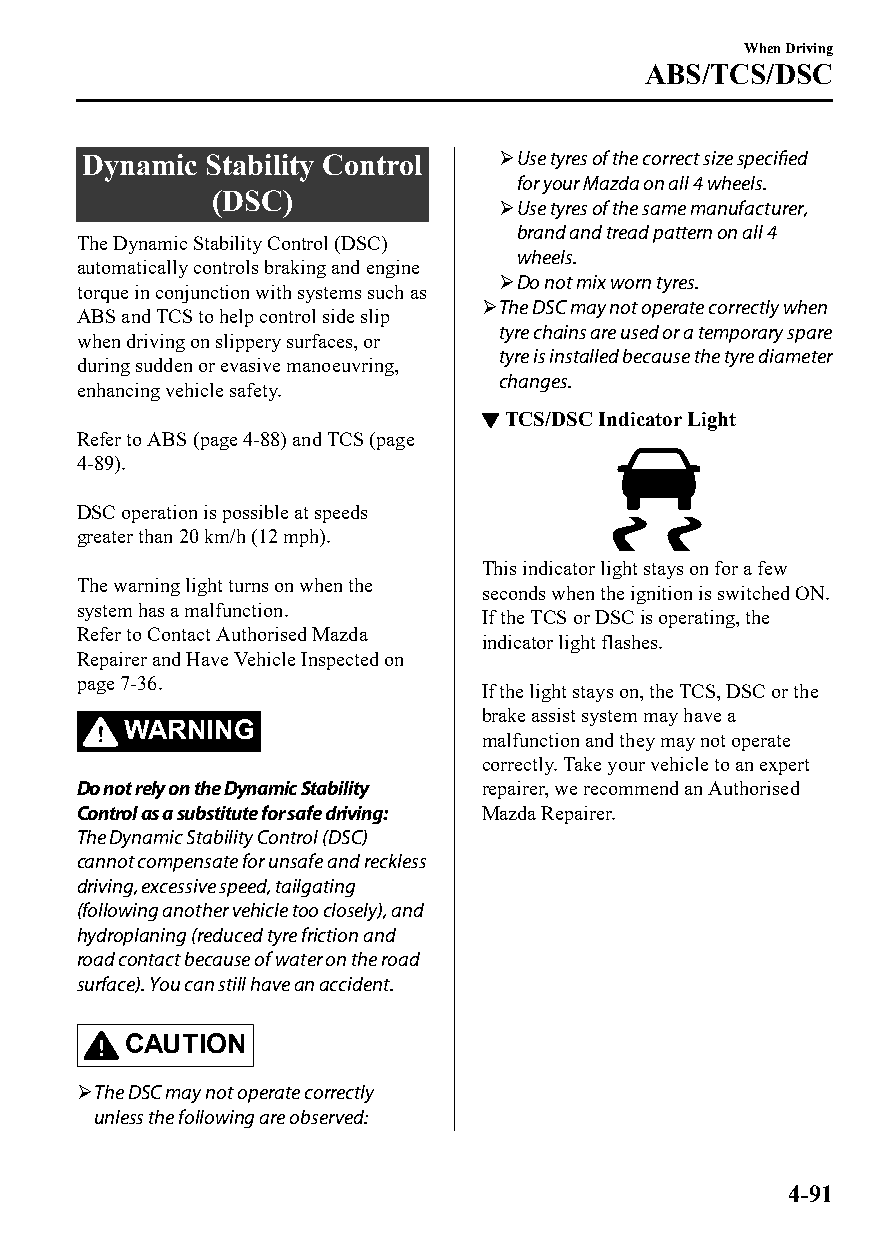
When Driving
 ABS/TCS/DSC
 Dynamic Stability Control   Use tyres of the correct size specified
 for your Mazda on all 4 wheels.
 (DSC)
 Use tyres of the same manufacturer,
 brand and tread pattern on all 4
 The Dynamic Stability Control (DSC)
 wheels.
 automatically controls braking and engine
 Do not mix worn tyres.
 torque in conjunction with systems such as
 The DSC may not operate correctly when
 ABS and TCS to help control side slip
 tyre chains are used or a temporary spare
 when driving on slippery surfaces, or
 tyre is installed because the tyre diameter
 during sudden or evasive manoeuvring,
 changes.
 enhancing vehicle safety.
 ▼TCS/DSC Indicator Light
 Refer to ABS (page 4-88) and TCS (page
 4-89).
 DSC operation is possible at speeds
 greater than 20 km/h (12 mph).
 This indicator light stays on for a few
 The warning light turns on when the
 seconds when the ignition is switched ON.
 system has a malfunction.
 If the TCS or DSC is operating, the
 Refer to Contact Authorised Mazda
 indicator light flashes.
 Repairer and Have Vehicle Inspected on
 page 7-36.
 If the light stays on, the TCS, DSC or the
 brake assist system may have a
 WARNING
 malfunction and they may not operate
 correctly. Take your vehicle to an expert
 Do not rely on the Dynamic Stability repairer, we recommend an Authorised
 Control as a substitute for safe driving: Mazda Repairer.
 The Dynamic Stability Control (DSC)
 cannot compensate for unsafe and reckless
 driving, excessive speed, tailgating
 (following another vehicle too closely), and
 hydroplaning (reduced tyre friction and
 road contact because of water on the road
 surface). You can still have an accident.
 CAUTION
 The DSC may not operate correctly
 unless the following are observed:
 4-91
 CX-3_8GT4-EE-18D_Edition4                  2018-9-6 18:32:19